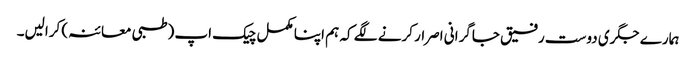
ہمارے جگری دوست رفیق جاگرانی اصرار کرنے لگے کہ ہم اپنا مکمل چیک اپ (طبی معائنہ) کرالیں۔